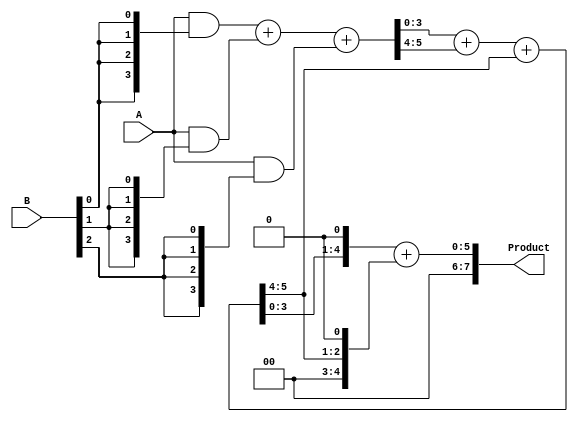
module WallaceTreeMultiplier #(parameter N = 4) (
    input  [N-1:0] A, // N-bit multiplicand
    input  [N-1:0] B, // N-bit multiplier
    output [2*N-1:0] Product // 2N-bit product
);

    wire [N-1:0] pp [0:N-1]; // Partial products
    wire [N-1:0] sum [0:N+1]; // Sums
    wire [N-1:0] carry [0:N+1]; // Carries
    
    // Partial Product Generation
    genvar i, j;
    generate
        for (i = 0; i < N; i = i + 1) begin : pp_gen
            assign pp[i] = A & {N{B[i]}};
        end
    endgenerate

    // Wallace Tree Structure (CSAs)
    // First level of CSAs
    generate
        for (i = 0; i < N-1; i = i + 1) begin : CSA_level1
            if (i % 3 == 0) begin
                assign {carry[i/3], sum[i/3]} = pp[i] + pp[i+1] + pp[i+2];
            end
        end
    endgenerate

    // Second level of CSAs
    generate
        for (i = 0; i < (N+1)/3; i = i + 1) begin : CSA_level2
            if (i % 3 == 0) begin
                assign {carry[(N+1)/3 + i/3], sum[(N+1)/3 + i/3]} = sum[i] + carry[i] + carry[i+1];
            end
        end
    endgenerate

    // Final addition stage
    wire [2*N-1:0] final_sum;
    assign final_sum = {sum[(N+1)/3], 1'b0} + {carry[(N+1)/3], 1'b0};

    // Output the final product
    assign Product = final_sum;

endmodule